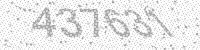
Solution: 437631